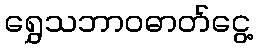
ရွှေသဘာဝဓာတ်ငွေ့